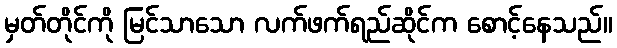
မှတ်တိုင်ကို မြင်သာသော လက်ဖက်ရည်ဆိုင်က စောင့်နေသည်။